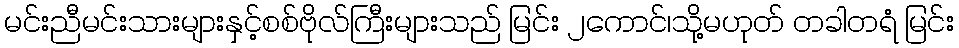
မင်းညီမင်းသားများနှင့်စစ်ဗိုလ်ကြီးများသည် မြင်း ၂ကောင်၊သို့မဟုတ် တခါတရံ မြင်း